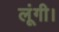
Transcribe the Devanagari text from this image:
लूंगी।